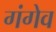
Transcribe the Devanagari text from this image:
गंगेव